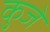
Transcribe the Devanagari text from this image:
कुजे